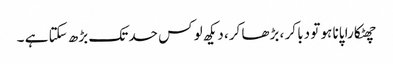
چھٹکارا پانا ہو تو دبا کر ، بڑھا کر، دیکھ لو کس حد تک بڑھ سکتا ہے ۔